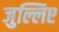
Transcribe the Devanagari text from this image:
जुल्लिए